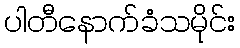
ပါတီနောက်ခံသမိုင်း